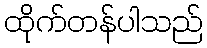
ထိုက်တန်ပါသည်